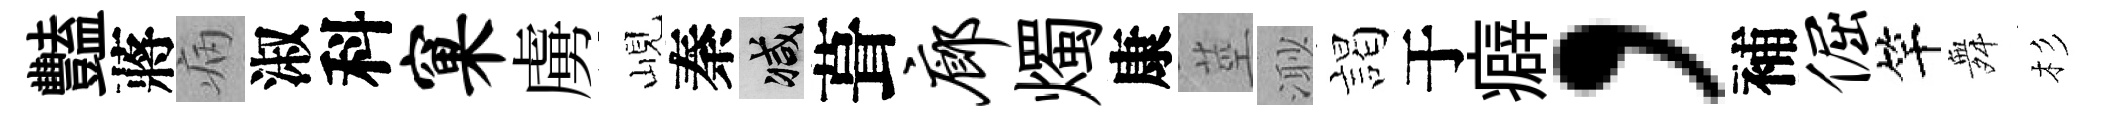
豔蔣病淑科窠虜峴秦减葺廊燭康莖𣺌謁于癖，補倔竿舞杉